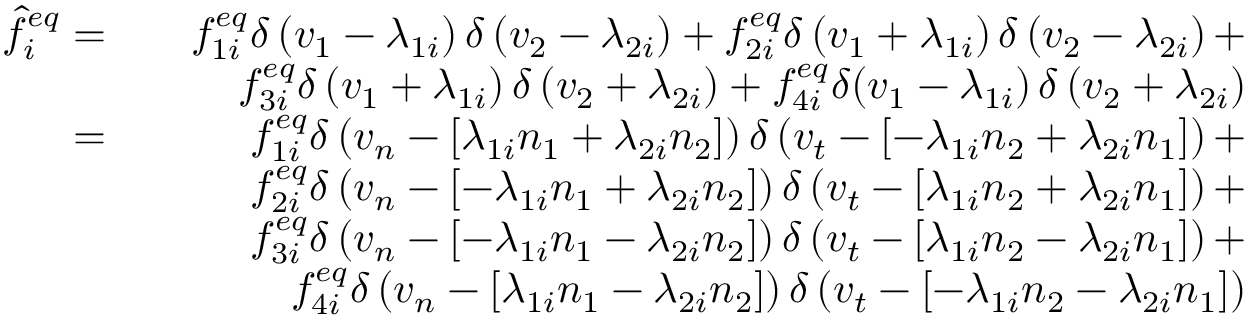
\begin{array} { r l r } { \hat { f } _ { i } ^ { e q } = } & { } & { f _ { 1 i } ^ { e q } \delta \left( v _ { 1 } - \lambda _ { 1 i } \right) \delta \left( v _ { 2 } - \lambda _ { 2 i } \right) + f _ { 2 i } ^ { e q } \delta \left( v _ { 1 } + \lambda _ { 1 i } \right) \delta \left( v _ { 2 } - \lambda _ { 2 i } \right) + } \\ & { } & { f _ { 3 i } ^ { e q } \delta \left( v _ { 1 } + \lambda _ { 1 i } \right) \delta \left( v _ { 2 } + \lambda _ { 2 i } ) + f _ { 4 i } ^ { e q } \delta ( v _ { 1 } - \lambda _ { 1 i } \right) \delta \left( v _ { 2 } + \lambda _ { 2 i } \right) } \\ { = } & { } & { f _ { 1 i } ^ { e q } \delta \left( v _ { n } - \left[ \lambda _ { 1 i } n _ { 1 } + \lambda _ { 2 i } n _ { 2 } \right] \right) \delta \left( v _ { t } - \left[ - \lambda _ { 1 i } n _ { 2 } + \lambda _ { 2 i } n _ { 1 } \right] \right) + } \\ & { } & { f _ { 2 i } ^ { e q } \delta \left( v _ { n } - \left[ - \lambda _ { 1 i } n _ { 1 } + \lambda _ { 2 i } n _ { 2 } \right] \right) \delta \left( v _ { t } - \left[ \lambda _ { 1 i } n _ { 2 } + \lambda _ { 2 i } n _ { 1 } \right] \right) + } \\ & { } & { f _ { 3 i } ^ { e q } \delta \left( v _ { n } - \left[ - \lambda _ { 1 i } n _ { 1 } - \lambda _ { 2 i } n _ { 2 } \right] \right) \delta \left( v _ { t } - \left[ \lambda _ { 1 i } n _ { 2 } - \lambda _ { 2 i } n _ { 1 } \right] \right) + } \\ & { } & { f _ { 4 i } ^ { e q } \delta \left( v _ { n } - \left[ \lambda _ { 1 i } n _ { 1 } - \lambda _ { 2 i } n _ { 2 } \right] \right) \delta \left( v _ { t } - \left[ - \lambda _ { 1 i } n _ { 2 } - \lambda _ { 2 i } n _ { 1 } \right] \right) } \end{array}